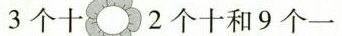
3个十 2个十和9个一